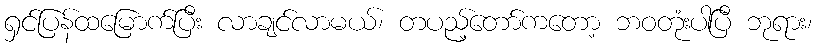
ရှင်ပြန်ထမြောက်ပြီး လာချင်လာမယ်၊ တပည့်တော်ကတော့ ဘဝတုံးပါပြီ ဘုရား၊